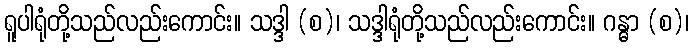
ရူပါရုံတို့သည်လည်းကောင်း။ သဒ္ဒါ (စ)၊ သဒ္ဒါရုံတို့သည်လည်းကောင်း။ ဂန္ဓာ (စ)၊